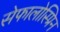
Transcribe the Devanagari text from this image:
सेफालोस्प्रिन